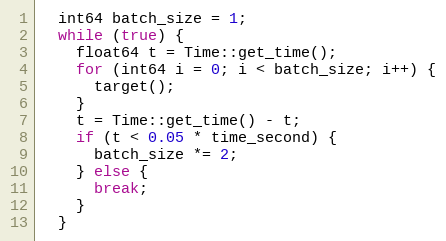
Language: C++
  int64 batch_size = 1;
  while (true) {
    float64 t = Time::get_time();
    for (int64 i = 0; i < batch_size; i++) {
      target();
    }
    t = Time::get_time() - t;
    if (t < 0.05 * time_second) {
      batch_size *= 2;
    } else {
      break;
    }
  }